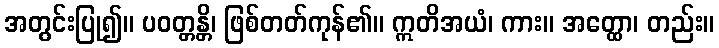
အတွင်းပြု၍။ ပဝတ္တန္တိ၊ ဖြစ်တတ်ကုန်၏။ ဣတိအယံ၊ ကား။ အတ္ထော၊ တည်း။